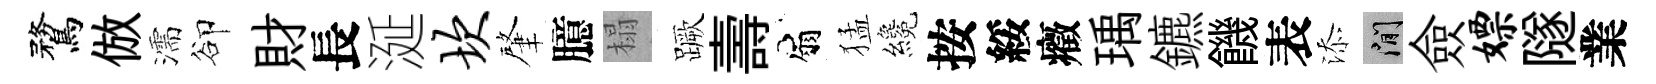
鶩倣濡卻財長涎坎肇臆榻蹶壽扇猛纔按綏癥瑀鑣饑表添閑僉嫖隧業